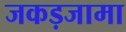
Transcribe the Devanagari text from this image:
जकड़जामा